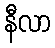
နီလာ